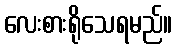
လေးစားရိုသေရမည်။